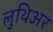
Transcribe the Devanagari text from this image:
लुथिअर